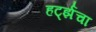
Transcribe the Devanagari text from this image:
हर्ट्झचा